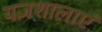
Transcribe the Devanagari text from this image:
यज्ञशालाएं